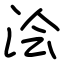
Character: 浍